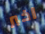
اخبر